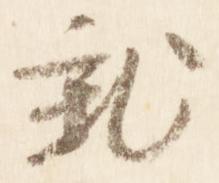
就